Source: Handwritten
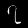
Digit: ၇ (7)